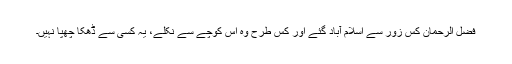
فضل الرحمان کس زور سے اسلام آباد گئے اور کس طرح وہ اُس کوچے سے نکلے، یہ کسی سے ڈھکا چھپا نہیں۔